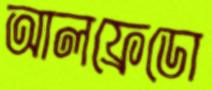
আলফ্রেডো